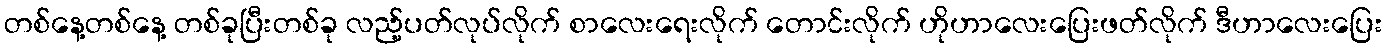
တစ်နေ့တစ်နေ့ တစ်ခုပြီးတစ်ခု လည့်ပတ်လုပ်လိုက် စာလေးရေးလိုက် တောင်းလိုက် ဟိုဟာလေးပြေးဖတ်လိုက် ဒီဟာလေးပြေး